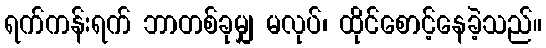
ရက်ကန်းရက် ဘာတစ်ခုမျှ မလုပ်၊ ထိုင်စောင့်နေခဲ့သည်။